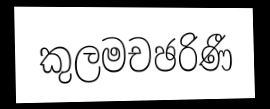
කුලමචඡරිණී